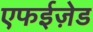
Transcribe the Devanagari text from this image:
एफईज़ेड